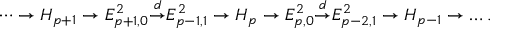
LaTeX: \cdots \to H _ { p + 1 } \to E _ { p + 1 , 0 } ^ { 2 } { \overset { d } { \to } } E _ { p - 1 , 1 } ^ { 2 } \to H _ { p } \to E _ { p , 0 } ^ { 2 } { \overset { d } { \to } } E _ { p - 2 , 1 } ^ { 2 } \to H _ { p - 1 } \to \dots .